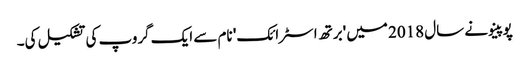
پوپینو نے سال 2018 میں 'برتھ اسٹرائک' نام سے ایک گروپ کی تشکیل کی۔